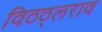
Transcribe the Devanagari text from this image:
विठठ्लराव